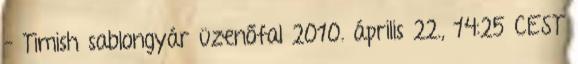
– Timish sablongyár üzenőfal 2010. április 22., 14:25 CEST